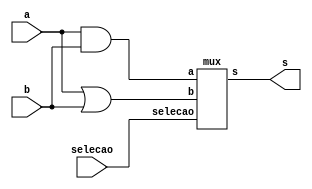
// -------------------------
// Exemplo0032 - lu
// Nome: Willian Antonio dos Santos
// -------------------------
// -------------------------
// unidade logica ( lu )
// -------------------------
module lu (output s, input a, input b, input selecao);
       wire s1,s2;
       // Portas Principais da LU
       and A1 ( s1, a, b);
       or O1 ( s2, a, b);
       // Mux
       mux Mx1 (s,s1,s2,selecao);
endmodule // lu

module mux (output s, input a, input b, input selecao);
       wire selecao2,s3,s4;
       not N1 ( selecao2, selecao);
       and A2 ( s3, a, selecao);
       and A3 ( s4, b, selecao2);
       or O2 ( s, s3, s4);
endmodule // lu

module test_lu;
       // ------------------------- definir dados
       reg x;
       reg y;
       reg select;
       wire z;
       lu modulo (z, x, y, select);
       // ------------------------- parte principal
       initial begin
               $display("Exemplo0032 - Willian Antonio dos Santos - 462020");
               $display("Test LU's module");
               x = 0; y = 0;select = 0;
               $monitor("Entradas: %b %b | Selecao: %b => Saida: %b",x,y,select,z);
               #1 x = 0; y = 1;select = 0;
               #1 x = 1; y = 0;select = 0;
               #1 x = 1; y = 1;select = 0;
               #1 $display("--------------------------------------");
               #1 x = 0; y = 0;select = 1;
               #1 x = 0; y = 1;select = 1;
               #1 x = 1; y = 0;select = 1;
               #1 x = 1; y = 1;select = 1;
               #1 $display("--------------------------------------");
       end
endmodule // test_lu